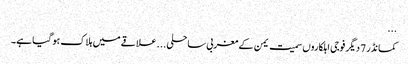
...
کمانڈر 7 دیگر فوجی اہلکاروں سمیت یمن کے مغربی ساحلی... علاقے میں ہلاک ہو گیا ہے۔